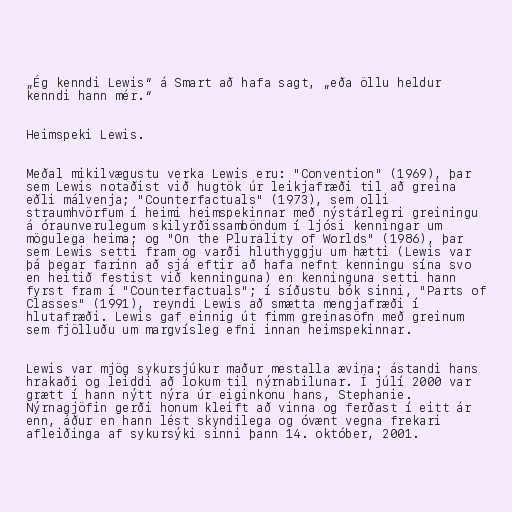
„Ég kenndi Lewis“ á Smart að hafa sagt, „eða öllu heldur
kenndi hann mér.“

Heimspeki Lewis.

Meðal mikilvægustu verka Lewis eru: "Convention" (1969), þar
sem Lewis notaðist við hugtök úr leikjafræði til að greina
eðli málvenja; "Counterfactuals" (1973), sem olli
straumhvörfum í heimi heimspekinnar með nýstárlegri greiningu
á óraunverulegum skilyrðissamböndum í ljósi kenningar um
mögulega heima; og "On the Plurality of Worlds" (1986), þar
sem Lewis setti fram og varði hluthyggju um hætti (Lewis var
þá þegar farinn að sjá eftir að hafa nefnt kenningu sína svo
en heitið festist við kenninguna) en kenninguna setti hann
fyrst fram í "Counterfactuals"; í síðustu bók sinni, "Parts of
Classes" (1991), reyndi Lewis að smætta mengjafræði í
hlutafræði. Lewis gaf einnig út fimm greinasöfn með greinum
sem fjölluðu um margvísleg efni innan heimspekinnar.

Lewis var mjög sykursjúkur maður mestalla ævina; ástandi hans
hrakaði og leiddi að lokum til nýrnabilunar. Í júlí 2000 var
grætt í hann nýtt nýra úr eiginkonu hans, Stephanie.
Nýrnagjöfin gerði honum kleift að vinna og ferðast í eitt ár
enn, áður en hann lést skyndilega og óvænt vegna frekari
afleiðinga af sykursýki sinni þann 14. október, 2001.